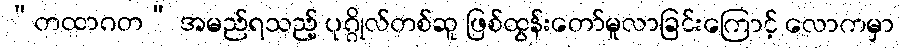
“တထာဂတ” အမည်ရသည့် ပုဂ္ဂိုလ်တစ်ဆူ ဖြစ်ထွန်းတော်မူလာခြင်းကြောင့် လောကမှာ